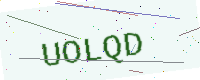
Text: UOLQD